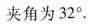
夹角为32°.